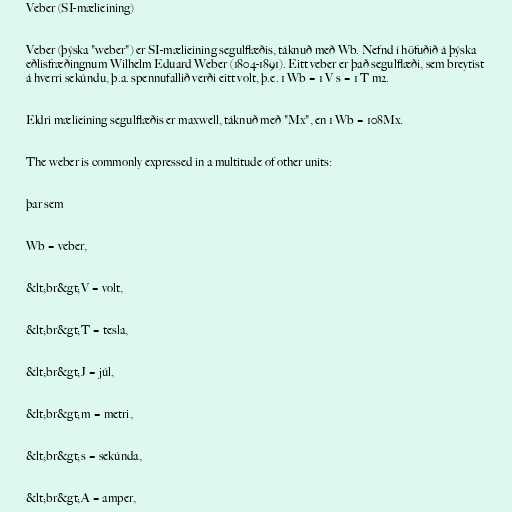
Veber (SI-mælieining)

Veber (þýska "weber") er SI-mælieining segulflæðis, táknuð með Wb. Nefnd í höfuðið á þýska
eðlisfræðingnum Wilhelm Eduard Weber (1804-1891). Eitt veber er það segulflæði, sem breytist
á hverri sekúndu, þ.a. spennufallið verði eitt volt, þ.e. 1 Wb = 1 V s = 1 T m2.

Eldri mælieining segulflæðis er maxwell, táknuð með "Mx", en 1 Wb = 108Mx.

The weber is commonly expressed in a multitude of other units:

þar sem

Wb = veber,

&lt;br&gt;V = volt,

&lt;br&gt;T = tesla,

&lt;br&gt;J = júl,

&lt;br&gt;m = metri,

&lt;br&gt;s = sekúnda,

&lt;br&gt;A = amper,